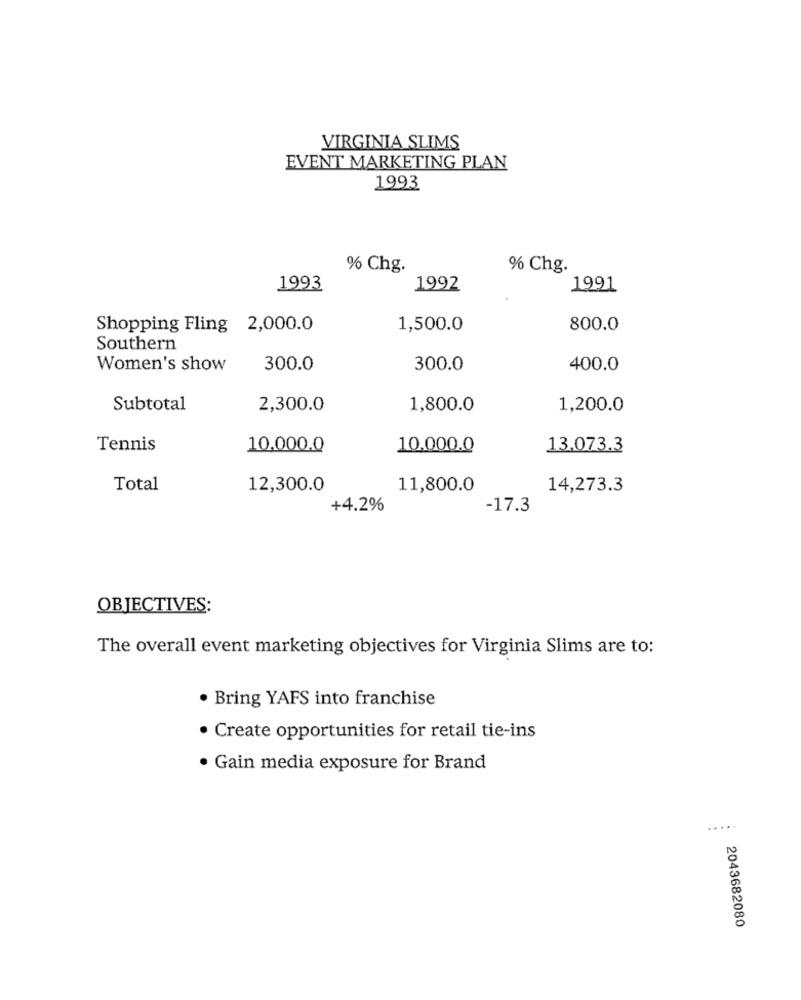
VIRGINIA SLIMS
EVENT MARKETING PLAN
1993
% Chg.
% Chg.
1993
1992
1991
Shopping Fling 2,000.0
1,500.0
800.0
Southern
Women's show
300.0
300.0
400.0
Subtotal
2,300.0
1,800.0
1,200.0
Tennis
10.000.0
10.000.0
13.073.3
Total
12,300.0
11,800.0
14,273.3
+4.2%
-17.3
OBJECTIVES:
The overall event marketing objectives for Virginia Slims are to:
· Bring YAFS into franchise
· Create opportunities for retail tie-ins
· Gain media exposure for Brand
.....
2043682080